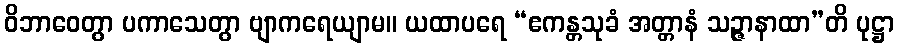
ဝိဘာဝေတွာ ပကာသေတွာ ဗျာကရေယျာမ။ ယထာပရေ “ဧကန္တသုခံ အတ္တာနံ သဉ္ဇာနာထာ”တိ ပုဋ္ဌာ